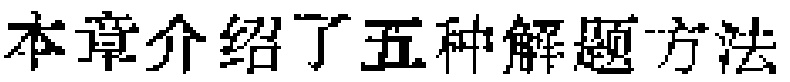
本章介绍了五种解题方法